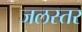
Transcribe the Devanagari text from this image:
जलस्‍तर